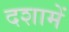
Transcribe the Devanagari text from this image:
दशामें